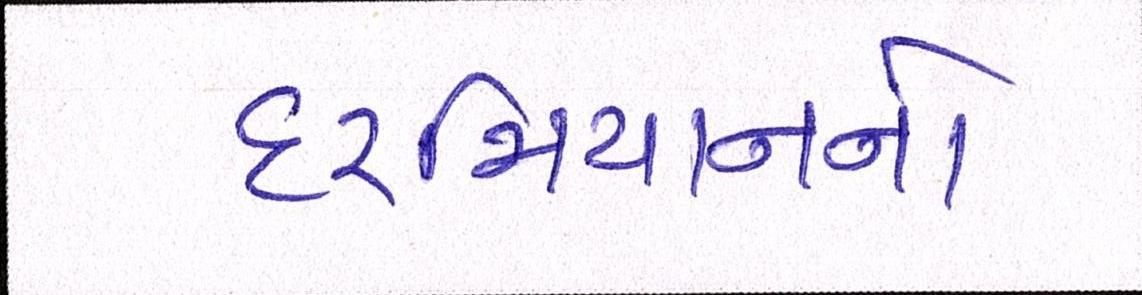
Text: દરમિયાનનો